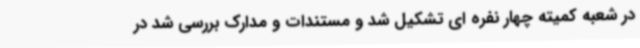
در شعبه کمیته چهار نفره ای تشکیل شد و مستندات و مدارک بررسی شد در